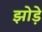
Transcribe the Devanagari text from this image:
झोड़े